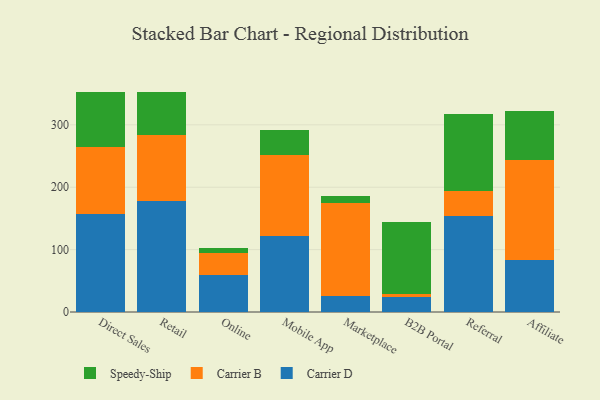
{"axis": {"x": "Channel", "y": "Page Views"}, "legend": ["Carrier B", "Carrier D", "Speedy-Ship"], "data": [{"x": "Direct Sales", "y": 157.8, "type": "Carrier D"}, {"x": "Direct Sales", "y": 106.5, "type": "Carrier B"}, {"x": "Direct Sales", "y": 88.7, "type": "Speedy-Ship"}, {"x": "Retail", "y": 177.2, "type": "Carrier D"}, {"x": "Retail", "y": 107.0, "type": "Carrier B"}, {"x": "Retail", "y": 69.1, "type": "Speedy-Ship"}, {"x": "Online", "y": 58.9, "type": "Carrier D"}, {"x": "Online", "y": 35.5, "type": "Carrier B"}, {"x": "Online", "y": 8.2, "type": "Speedy-Ship"}, {"x": "Mobile App", "y": 121.8, "type": "Carrier D"}, {"x": "Mobile App", "y": 130.0, "type": "Carrier B"}, {"x": "Mobile App", "y": 40.6, "type": "Speedy-Ship"}, {"x": "Marketplace", "y": 25.9, "type": "Carrier D"}, {"x": "Marketplace", "y": 149.6, "type": "Carrier B"}, {"x": "Marketplace", "y": 11.2, "type": "Speedy-Ship"}, {"x": "B2B Portal", "y": 23.9, "type": "Carrier D"}, {"x": "B2B Portal", "y": 5.4, "type": "Carrier B"}, {"x": "B2B Portal", "y": 115.7, "type": "Speedy-Ship"}, {"x": "Referral", "y": 153.9, "type": "Carrier D"}, {"x": "Referral", "y": 39.5, "type": "Carrier B"}, {"x": "Referral", "y": 123.6, "type": "Speedy-Ship"}, {"x": "Affiliate", "y": 83.3, "type": "Carrier D"}, {"x": "Affiliate", "y": 160.8, "type": "Carrier B"}, {"x": "Affiliate", "y": 78.9, "type": "Speedy-Ship"}]}